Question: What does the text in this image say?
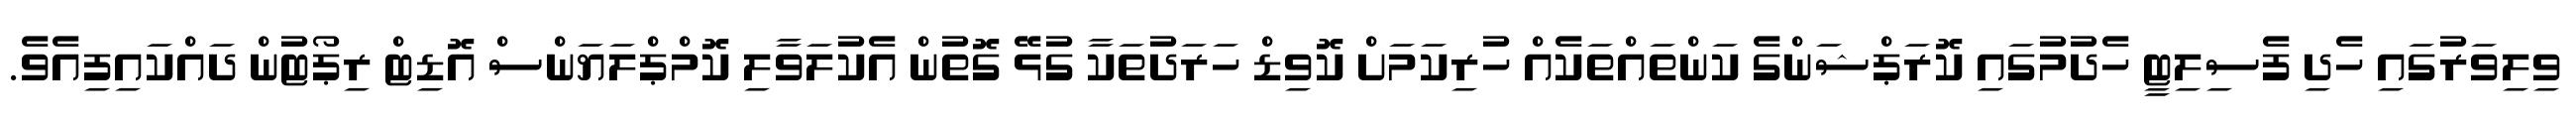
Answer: ވިލިވަރުގައި ހެދި ފެސިލިޓީ ހެދުމުގައި ކޮރަޕްޝަންގެ ކަންތައްތަކެއް ހުރިކަމަށް ކޮވިޑް ހަރަދުތަކާ ގުޅޭ ގޮތުން އެކުލަވާލި ކޮމްޕްލަޔަންސް އޮޑިޓް ރިޕޯޓުން ދައްކައިފިއެވެ.